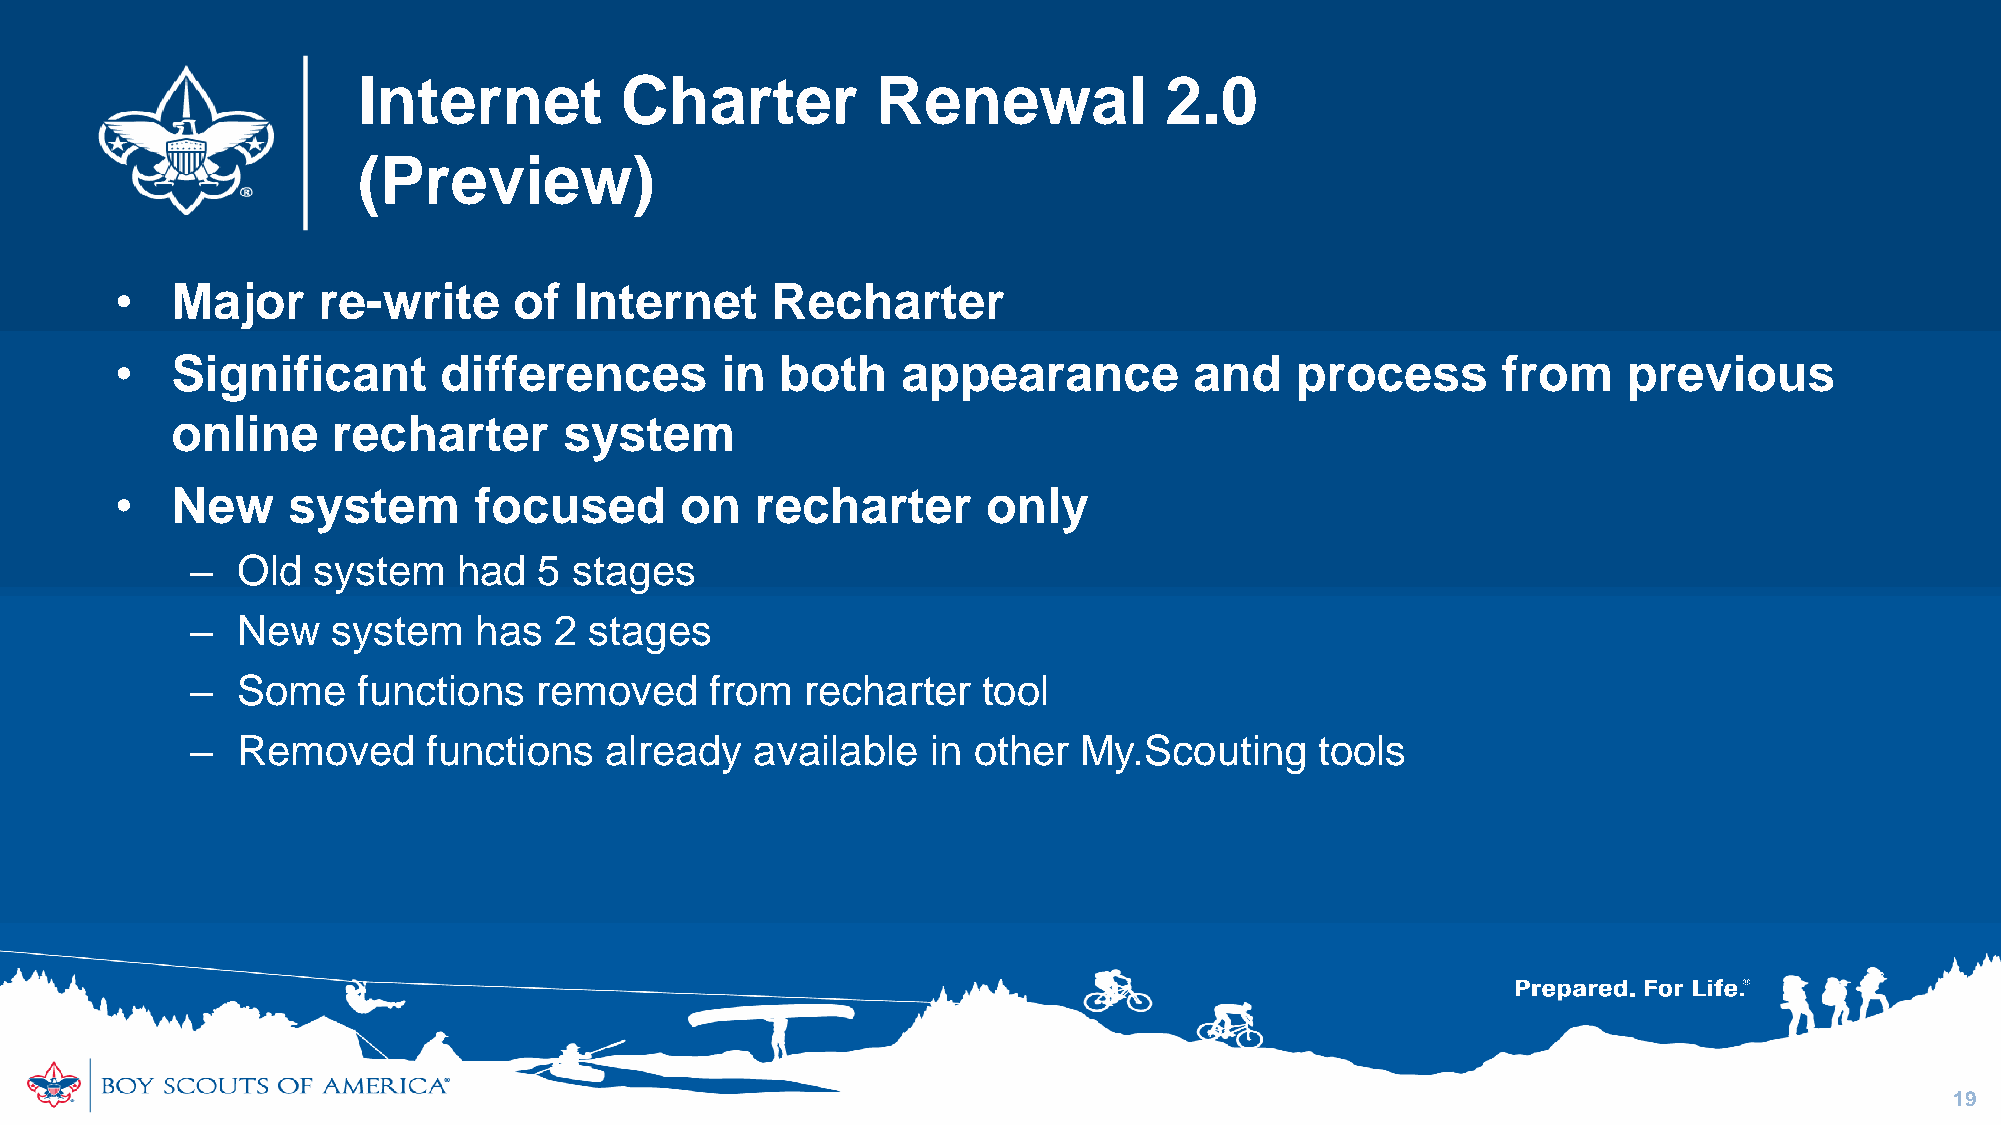
Internet         Charter          Renewal            2.0
 (Preview)
 •  Major     re-write     of  Internet     Recharter
 •  Significant       differences        in  both    appearance         and    process      from     previous
 online     recharter      system
 •  New     system      focused       on   recharter      only
 –  Old  system   had   5 stages
 –  New   system   has   2 stages
 –  Some    functions  removed     from  recharter   tool
 –  Removed     functions   already   available   in other My.Scouting     tools
 19